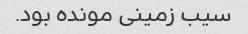
سیب زمینی مونده بود.